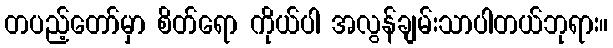
တပည့်တော်မှာ စိတ်ရော ကိုယ်ပါ အလွန်ချမ်းသာပါတယ်ဘုရား။